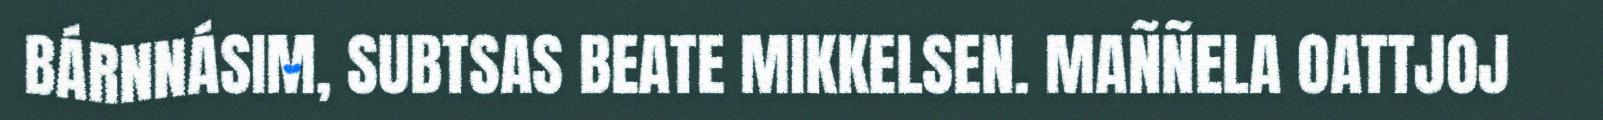
BÁRNNÁSIM, SUBTSAS BEATE MIKKELSEN. MAÑÑELA OATTJOJ